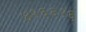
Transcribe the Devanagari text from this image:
४१६६१६